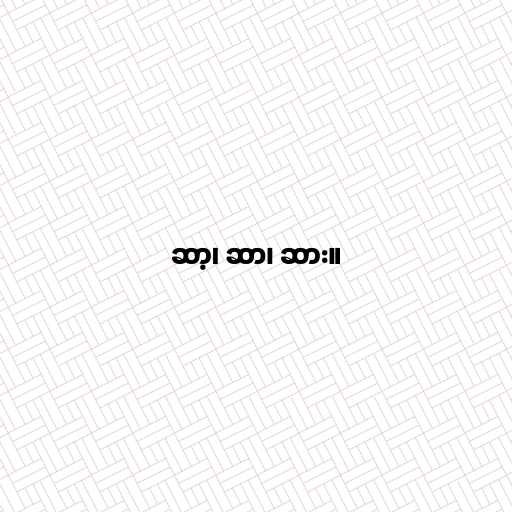
ဆာ့၊ ဆာ၊ ဆား။